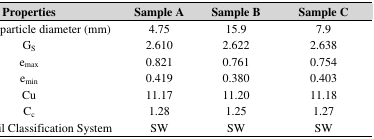
| Properties | Sample A | Sample B | Sample C |
 | --- | --- | --- | --- |
 | Maximum particle diameter (mm) | 4.75 | 15.9 | 7.9 |
 | GS | 2.610 | 2.622 | 2.638 |
 | emax | 0.821 | 0.761 | 0.754 |
 | emin | 0.419 | 0.380 | 0.403 |
 | Cu | 11.17 | 11.20 | 11.18 |
 | Cc | 1.28 | 1.25 | 1.27 |
 | Unified Soil Classification System | SW | SW | SW |